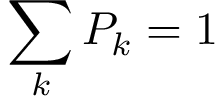
\sum _ { k } { P _ { k } = 1 }